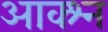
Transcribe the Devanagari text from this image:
आक्श्न